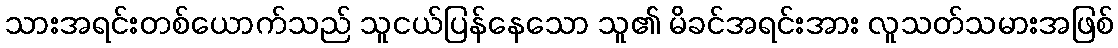
သားအရင်းတစ်ယောက်သည် သူငယ်ပြန်နေသော သူ၏ မိခင်အရင်းအား လူသတ်သမားအဖြစ်